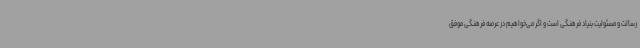
رسالت و مسئولیت بنیاد فرهنگی است و اگر می‌خواهیم در عرصه فرهنگی موفق